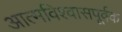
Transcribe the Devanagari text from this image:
आत्मविश्वासपूर्वक